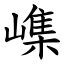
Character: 㠎